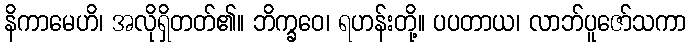
နိကာမေဟိ၊ အလိုရှိတတ်၏။ ဘိက္ခဝေ၊ ရဟန်းတို့။ ပပတာယ၊ လာဘ်ပူဇော်သကာ